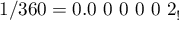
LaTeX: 1 / 3 6 0 = 0 . 0 \ 0 \ 0 \ 0 \ 0 \ 2 _ { ! }